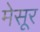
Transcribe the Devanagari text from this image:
मेसूर